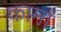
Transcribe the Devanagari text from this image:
कार्मां